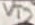
Text: VT2